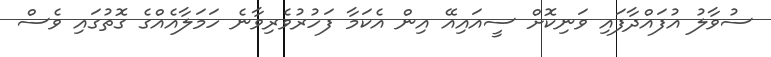
ސުވާލު އުފައްދާފައި ވަނިކޮށް ސީއައިއޭ އިން އެކަމާ ފަހުރުވެރިވާނެ ހަމަލާއެއްގެ ގޮތުގައި ވެސް